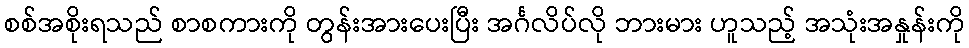
စစ်အစိုးရသည် စာစကားကို တွန်းအားပေးပြီး အင်္ဂလိပ်လို ဘားမား ဟူသည့် အသုံးအနှုန်းကို